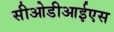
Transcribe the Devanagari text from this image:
सीओडीआईएस